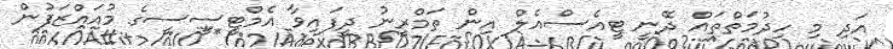
އަދި މި ހިދުމަތްތައް ދޭނީ ޓީއެސްއެލް އިން ތަމްރީނު ދީފައިވާ އެމްޓީސީސީގެ މުއައްޒަފުން